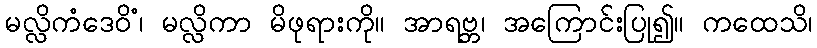
မလ္လိကံဒေဝိံ၊ မလ္လိကာ မိဖုရားကို။ အာရဗ္ဘ၊ အကြောင်းပြု၍။ ကထေသိ၊